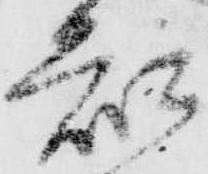
知